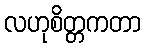
လဟုစိတ္တကတာ